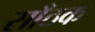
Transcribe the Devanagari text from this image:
साँठक